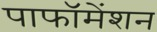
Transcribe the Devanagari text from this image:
पाफॉमेंशन